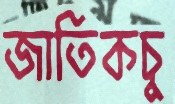
জাতিকচু